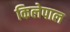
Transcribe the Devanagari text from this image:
किलेपाल